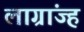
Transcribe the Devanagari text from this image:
लाग्रांज्ह